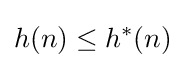
h(n)\leq h^{*}(n)